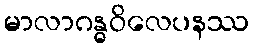
မာလာဂန္ဓဝိလေပနဿ